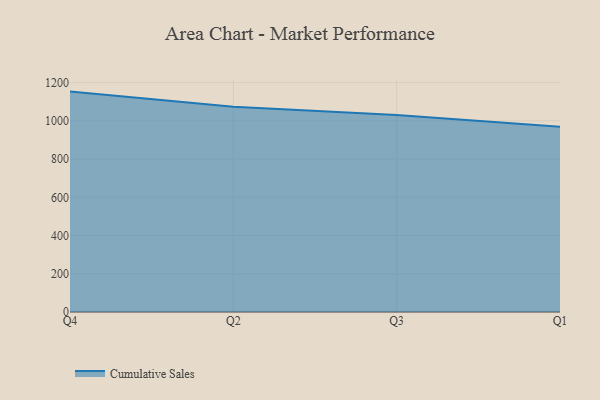
{"axis": {"x": "Quarter", "y": "Operating Costs (USD K)"}, "legend": ["Cumulative Sales"], "data": [{"x": "Q4", "y": 1153.0, "type": "Cumulative Sales"}, {"x": "Q2", "y": 1073.2, "type": "Cumulative Sales"}, {"x": "Q3", "y": 1031.1, "type": "Cumulative Sales"}, {"x": "Q1", "y": 968.9, "type": "Cumulative Sales"}]}